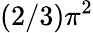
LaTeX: (2/3)\pi^{2}